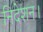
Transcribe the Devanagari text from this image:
निदेशन।